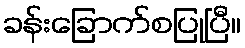
ခန်းခြောက်စပြုပြီ။